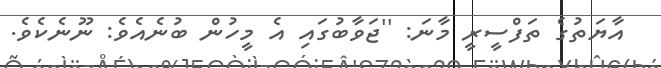
އާޔަތުގެ ތަފްސީރީ މާނަ: ''ޖަވާބުގައި އެ މީހުން ބުނެއެވެ: ނޫނެކެވެ.